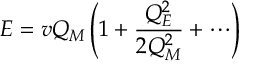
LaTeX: E = v Q _ { M } \left( 1 + { \frac { Q _ { E } ^ { 2 } } { 2 Q _ { M } ^ { 2 } } } + \cdots \right)